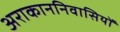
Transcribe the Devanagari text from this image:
अराकाननिवासियों